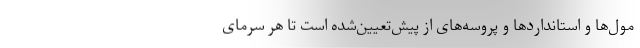
مول‌ها و استانداردها و پروسه‌های از پیش‌تعیین‌شده است تا هر سرمای